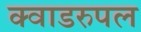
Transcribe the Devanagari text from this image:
क्वाडरुपल